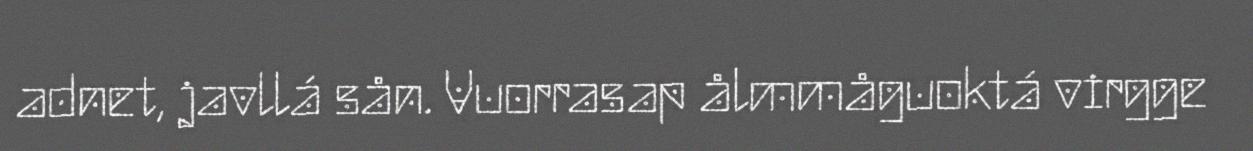
adnet, javllá sån. Vuorrasap ålmmåguoktá virgge